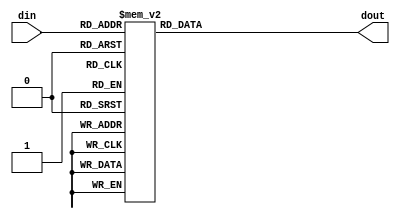
module fu_shifter_mask(din, dout);

        input   [4:0]   din;    // Data input
        output  [31:0]  dout;   // Data Output

        reg     [31:0]  dout;

        always@(din)
        begin

            case(din)
                5'b00000: dout = 32'b00000000000000000000000000000000;
                5'b00001: dout = 32'b10000000000000000000000000000000;
                5'b00010: dout = 32'b11000000000000000000000000000000;
                5'b00011: dout = 32'b11100000000000000000000000000000;
                5'b00100: dout = 32'b11110000000000000000000000000000;
                5'b00101: dout = 32'b11111000000000000000000000000000;
                5'b00110: dout = 32'b11111100000000000000000000000000;
                5'b00111: dout = 32'b11111110000000000000000000000000;
                5'b01000: dout = 32'b11111111000000000000000000000000;
                5'b01001: dout = 32'b11111111100000000000000000000000;
                5'b01010: dout = 32'b11111111110000000000000000000000;
                5'b01011: dout = 32'b11111111111000000000000000000000;
                5'b01100: dout = 32'b11111111111100000000000000000000;
                5'b01101: dout = 32'b11111111111110000000000000000000;
                5'b01110: dout = 32'b11111111111111000000000000000000;
                5'b01111: dout = 32'b11111111111111100000000000000000;
                5'b10000: dout = 32'b11111111111111110000000000000000;
                5'b10001: dout = 32'b11111111111111111000000000000000;
                5'b10010: dout = 32'b11111111111111111100000000000000;
                5'b10011: dout = 32'b11111111111111111110000000000000;
                5'b10100: dout = 32'b11111111111111111111000000000000;
                5'b10101: dout = 32'b11111111111111111111100000000000;
                5'b10110: dout = 32'b11111111111111111111110000000000;
                5'b10111: dout = 32'b11111111111111111111111000000000;
                5'b11000: dout = 32'b11111111111111111111111100000000;
                5'b11001: dout = 32'b11111111111111111111111110000000;
                5'b11010: dout = 32'b11111111111111111111111111000000;
                5'b11011: dout = 32'b11111111111111111111111111100000;
                5'b11100: dout = 32'b11111111111111111111111111110000;
                5'b11101: dout = 32'b11111111111111111111111111111000;
                5'b11110: dout = 32'b11111111111111111111111111111100;
                5'b11111: dout = 32'b11111111111111111111111111111110;

            endcase

        end

endmodule